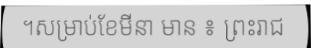
។សម្រាប់ខែមីនា មាន ៖ ព្រះរាជ